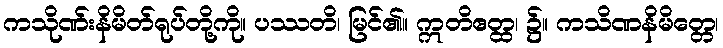
ကသိုဏ်းနိမိတ်ရုပ်တို့ကို။ ပဿတိ၊ မြင်၏။ ဣတိဧတ္ထ၊ ၌။ ကသိဏနိမိတ္တေ၊